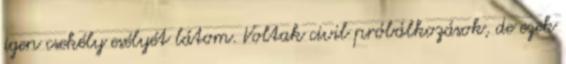
igen csekély esélyét látom. Voltak civil próbálkozások, de ezek